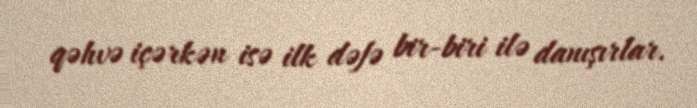
qəhvə içərkən isə ilk dəfə bir-biri ilə danışırlar.